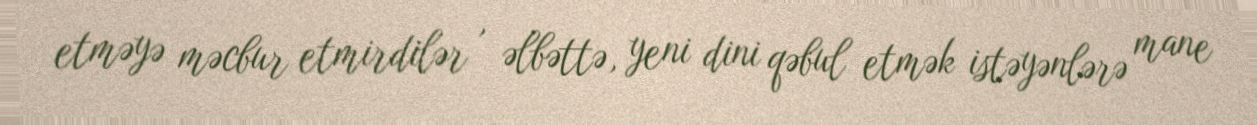
etməyə məcbur etmirdilər , əlbəttə, yeni dini qəbul etmək istəyənlərə mane